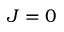
J = 0